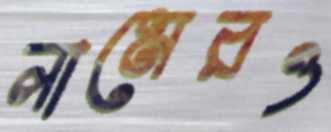
লামেরও